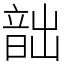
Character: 韷